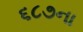
૬૮૭ના